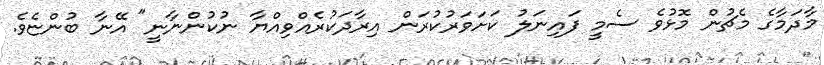
މާދަމާގެ މެޗުން މޮޅުވެ ސެމީ ފައިނަލު ކަށަވަރުކުރަން އިރާދަކުރެއްވިއްޔާ ނުކުންނާނީ" އޭނާ ބުންޏެވެ.